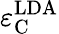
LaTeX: \varepsilon_{\mathrm{C}}^{\mathrm{LDA}}